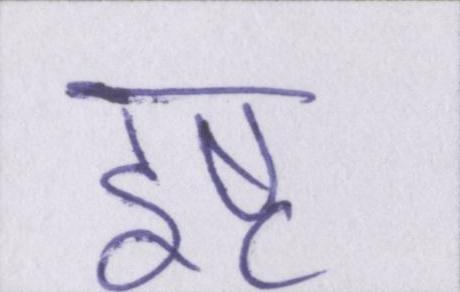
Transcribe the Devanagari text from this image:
इष्ट